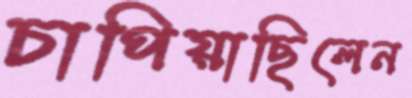
চাপিয়াছিলেন